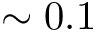
\sim 0 . 1